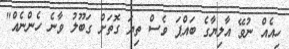
ހިއެއް ނުވޭ އާލިޔާގެ ބައްޕަ ވެސް ތިޔަ ގޮތަށް ގަބޫލު ވާނެ ހެންނެއް"